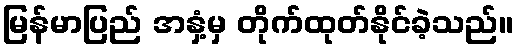
မြန်မာပြည် အနှံ့မှ တိုက်ထုတ်နိုင်ခဲ့သည်။